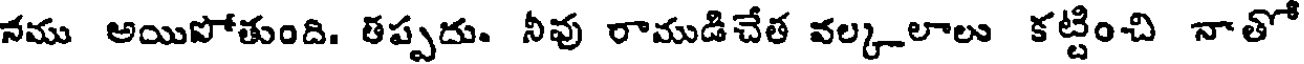
నము అయిపోతుంది. తప్పదు. నీవు రాముడిచేత వల్కలాలు కట్టించి నాతో